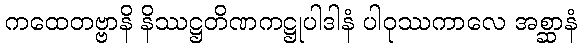
ကထေတဗ္ဗာနိ နိဿဋ္ဌတိဏကဋ္ဌုပါဒါနံ ပါဝုဿကာလေ အစ္ဆာနံ